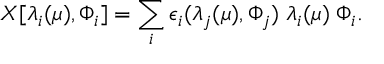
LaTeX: X [ \lambda _ { i } ( \mu ) , \Phi _ { i } ] = \sum _ { i } \epsilon _ { i } ( \lambda _ { j } ( \mu ) , \Phi _ { j } ) \; \lambda _ { i } ( \mu ) \; \Phi _ { i } .